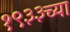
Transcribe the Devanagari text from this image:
१९३३च्या